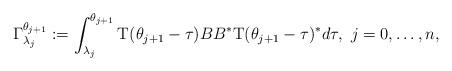
LaTeX: \begin{align*}\begin{aligned}\Gamma^{\theta_{j+1}}_{\lambda_{j}}&:=\int_{\lambda_{j}}^{\theta_{j+1}} \mathrm{T}(\theta_{j+1}-\tau)BB^{*} \mathrm{T}(\theta_{j+1}-\tau)^{*}d\tau,\ j=0,\dots,n,\end{aligned}\end{align*}